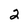
Character: 2